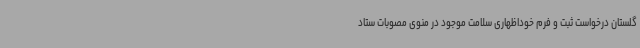
گلستان درخواست ثبت و فرم خوداظهاری سلامت موجود در منوی مصوبات ستاد